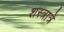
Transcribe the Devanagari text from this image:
शस्त्रात्रे